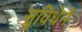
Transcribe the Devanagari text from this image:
सुविधेने